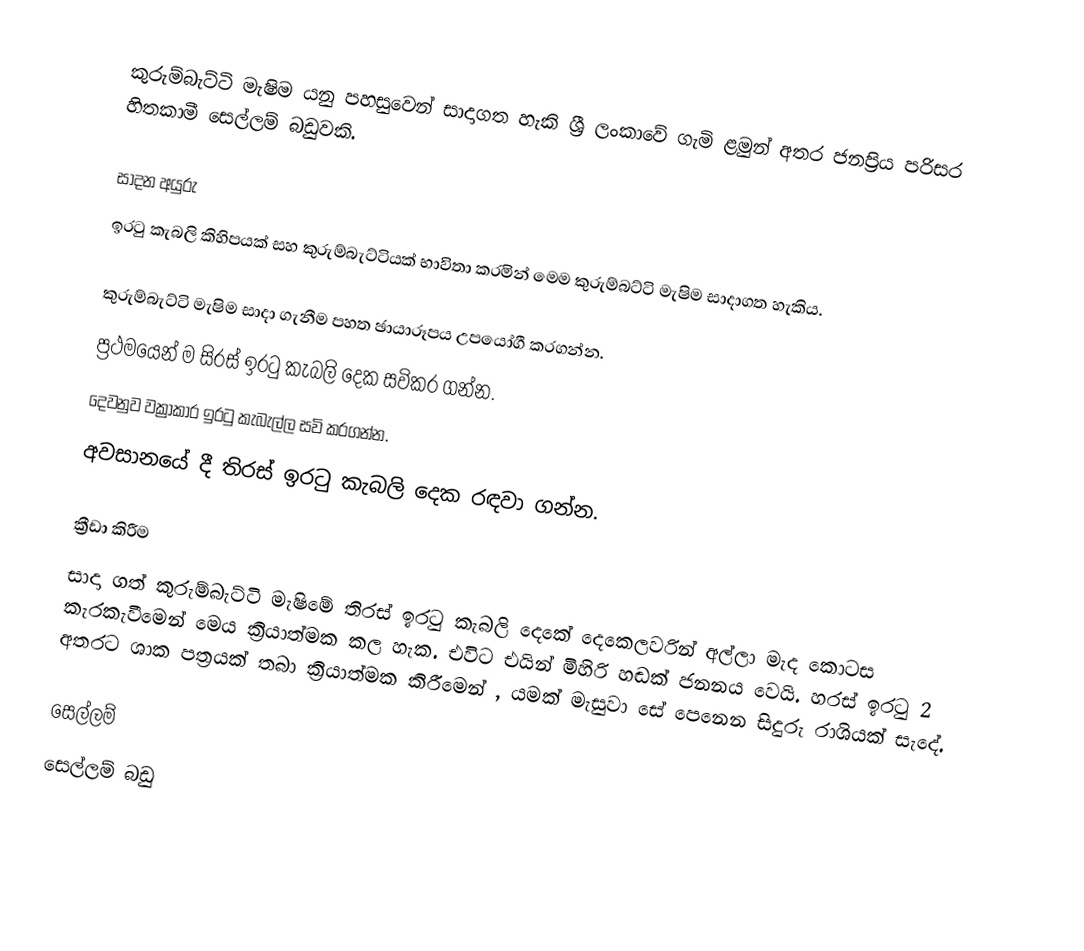
කුරුම්බැට්ටි මැෂිම යනු පහසුවෙන් සාදාගත හැකි ශ්‍රී ලංකාවේ ගැමි  ළමුන් අතර ජනප්‍රිය පරිසර හිතකාමී සෙල්ලම් බඩුවකි.

සාදන අයුරු
ඉරටු කැබලි කිහිපයක් සහ කුරුම්බැට්ටියක් භාවිතා කරමින් මෙම කුරුම්බට්ටි මැෂිම සාදාගත හැකිය.

කුරුම්බැට්ටි මැෂිම සාදා ගැනීම පහත ඡායාරූපය උපයෝගී කරගන්න.
ප්‍රථමයෙන් ම සිරස් ඉරටු කැබලි දෙක සවිකර ගන්න.
දෙවනුව වක්‍රාකාර ඉරටු කැබැල්ල සවි කරගන්න.
අවසානයේ දී තිරස් ඉරටු කැබලි දෙක රඳවා ගන්න.

ක්‍රීඩා කිරීම
සාදා ගත් කුරුම්බැට්ටි මැෂිමේ තිරස් ඉරටු කැබලි දෙකේ දෙකෙලවරින් අල්ලා මැද කොටස කැරකැවීමෙන් මෙය ක්‍රියාත්මක කල හැක. එවිට එයින් මිහිරි හඬක් ජනනය වෙයි. හරස් ඉරටු 2 අතරට ශාක පත්‍රයක් තබා ක්‍රියාත්මක කිරීමෙන් , යමක් මැසුවා සේ පෙනෙන සිදුරු රාශියක් සැදේ.

සෙල්ලම්
සෙල්ලම් බඩු